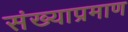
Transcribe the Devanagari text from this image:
संख्याप्रमाण